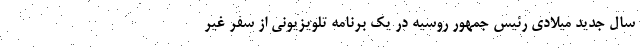
سال جدید میلادی رئیس جمهور روسیه در یک برنامه تلویزیونی از سفر غیر